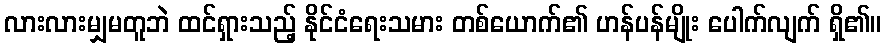
လားလားမျှမတူဘဲ ထင်ရှားသည့် နိုင်ငံရေးသမား တစ်ယောက်၏ ဟန်ပန်မျိုး ပေါက်လျက် ရှိ၏။